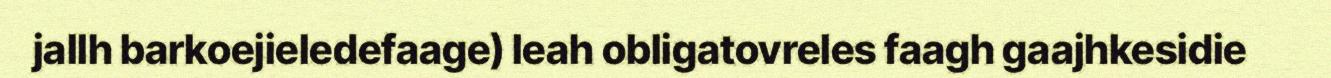
jallh barkoejieledefaage) leah obligatovreles faagh gaajhkesidie